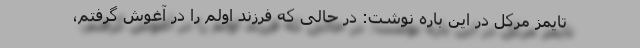
تایمز مرکل در این باره نوشت: در حالی که فرزند اولم را در آغوش گرفتم،